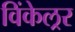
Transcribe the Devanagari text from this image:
विंकेल्रर